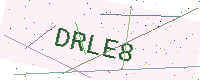
Text: DRLE8